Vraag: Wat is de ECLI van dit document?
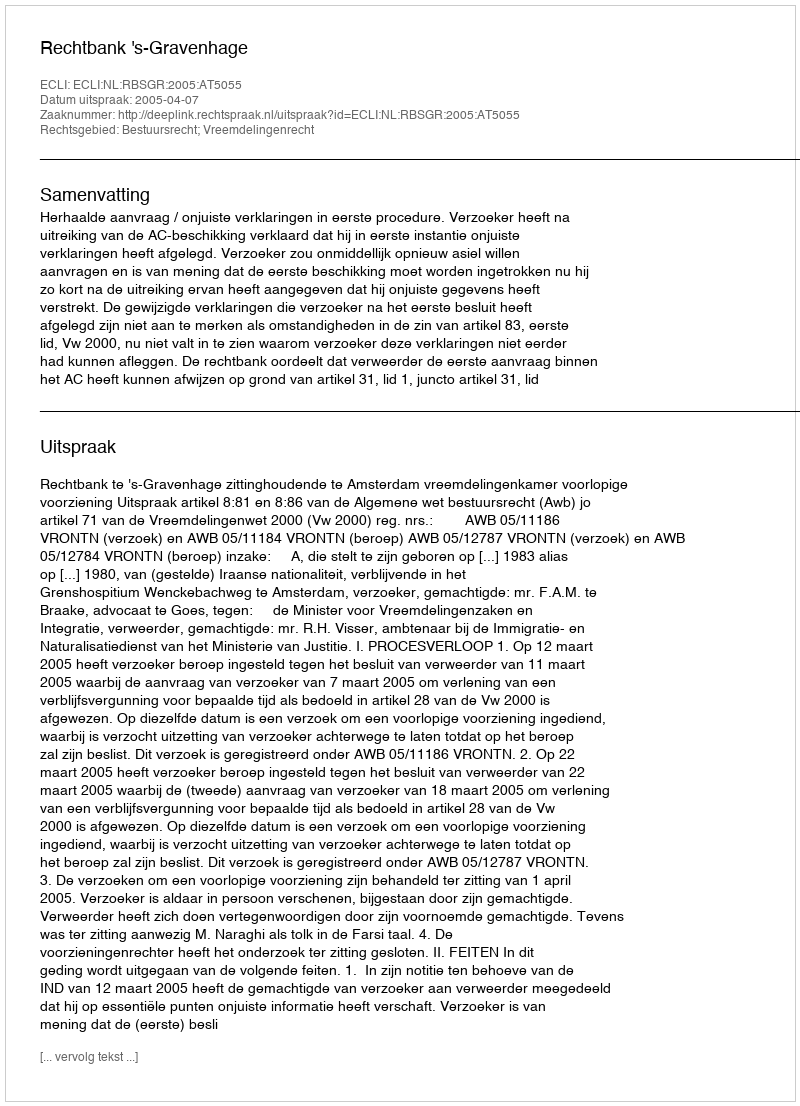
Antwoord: ECLI:NL:RBSGR:2005:AT5055